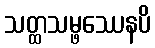
သတ္ထသမ္ဖဿေနပိ